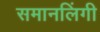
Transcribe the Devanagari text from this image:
समानलिंगी